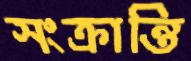
সংক্রান্তি